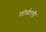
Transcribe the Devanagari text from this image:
फोर्मरली